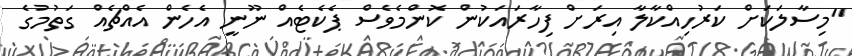
"މިސާލަކަށް ކަރުހިއްކާލާ އިރަށް ފިހާރައަކުން ކޮންމެވެސް ޕެކެޓެއް ނޫނީ އެހެން އެއްޗެއް ގަތުމުގެ